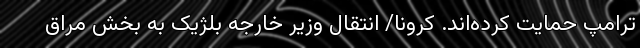
ترامپ حمایت کرده‌اند. کرونا/ انتقال وزیر خارجه بلژیک به بخش‌ مراق